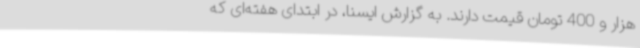
هزار و 400 تومان قیمت دارند. به گزارش ایسنا، در ابتدای هفته‌ای که